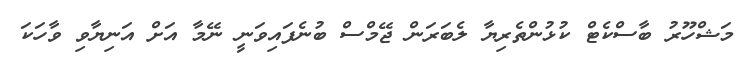
މަޝްހޫރު ބާސްކެޓް ކުޅުންތެރިޔާ ލެބަރަން ޖޭމްސް ބުނެފައިވަނީ ނޭމާ އަށް އަނިޔާވި ވާހަކަ